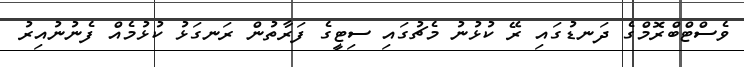
ވެސްޓްބްރޮމްގެ ދަނޑުގައި ރޭ ކުޅުނު މެޗުގައި ސިޓީގެ ފަރާތުން ރަނގަޅު ކުޅުމެއް ފެނުނުއިރު